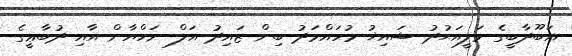
އަބޫދާބީގެ ވަލީއަޙުދު ޝައިޚު މުހައްމަދު ބިން ޒައިދު އަލް ނަހްޔާން އާއި ދުބާޢީގެ